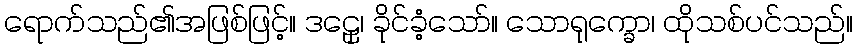
ရောက်သည်၏အဖြစ်ဖြင့်။ ဒဠှေ၊ ခိုင်ခံ့သော်။ သောရုက္ခော၊ ထိုသစ်ပင်သည်။